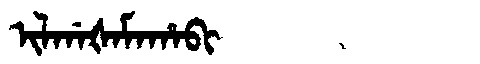
Manchu: ᡳᠯᡤᠠᡧᠠᠮᠠᡥᠠᠪᡳ
Romanization: ILGAŠAMAHABI